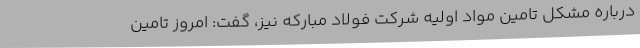
درباره مشکل تامین مواد اولیه شرکت فولاد مبارکه نیز، گفت: امروز تامین